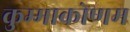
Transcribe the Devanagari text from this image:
कुम्माकोणम